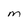
Character: M